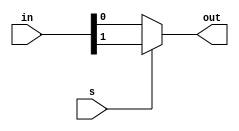
module four_to_one_if (out, in, s);

output reg out;
input[3:0] in;
input s;

always @(*)
begin
	if(2'b00 == s)
		out = in[0];

	else if(2'b01 == s)
		out = in[1];

	else if(2'b10 == s)
		out = in[2];
	else
		out = in[3];
end

endmodule